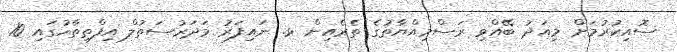
ސޮއިކުރުމަށް މިއަދު ބޭއްވި ރަސްމިއްޔާތުގެ ތެރެއިން ޅ. ނައިފަރު މަދަރުސަތުލް އިފްތިތާހުގައި 10